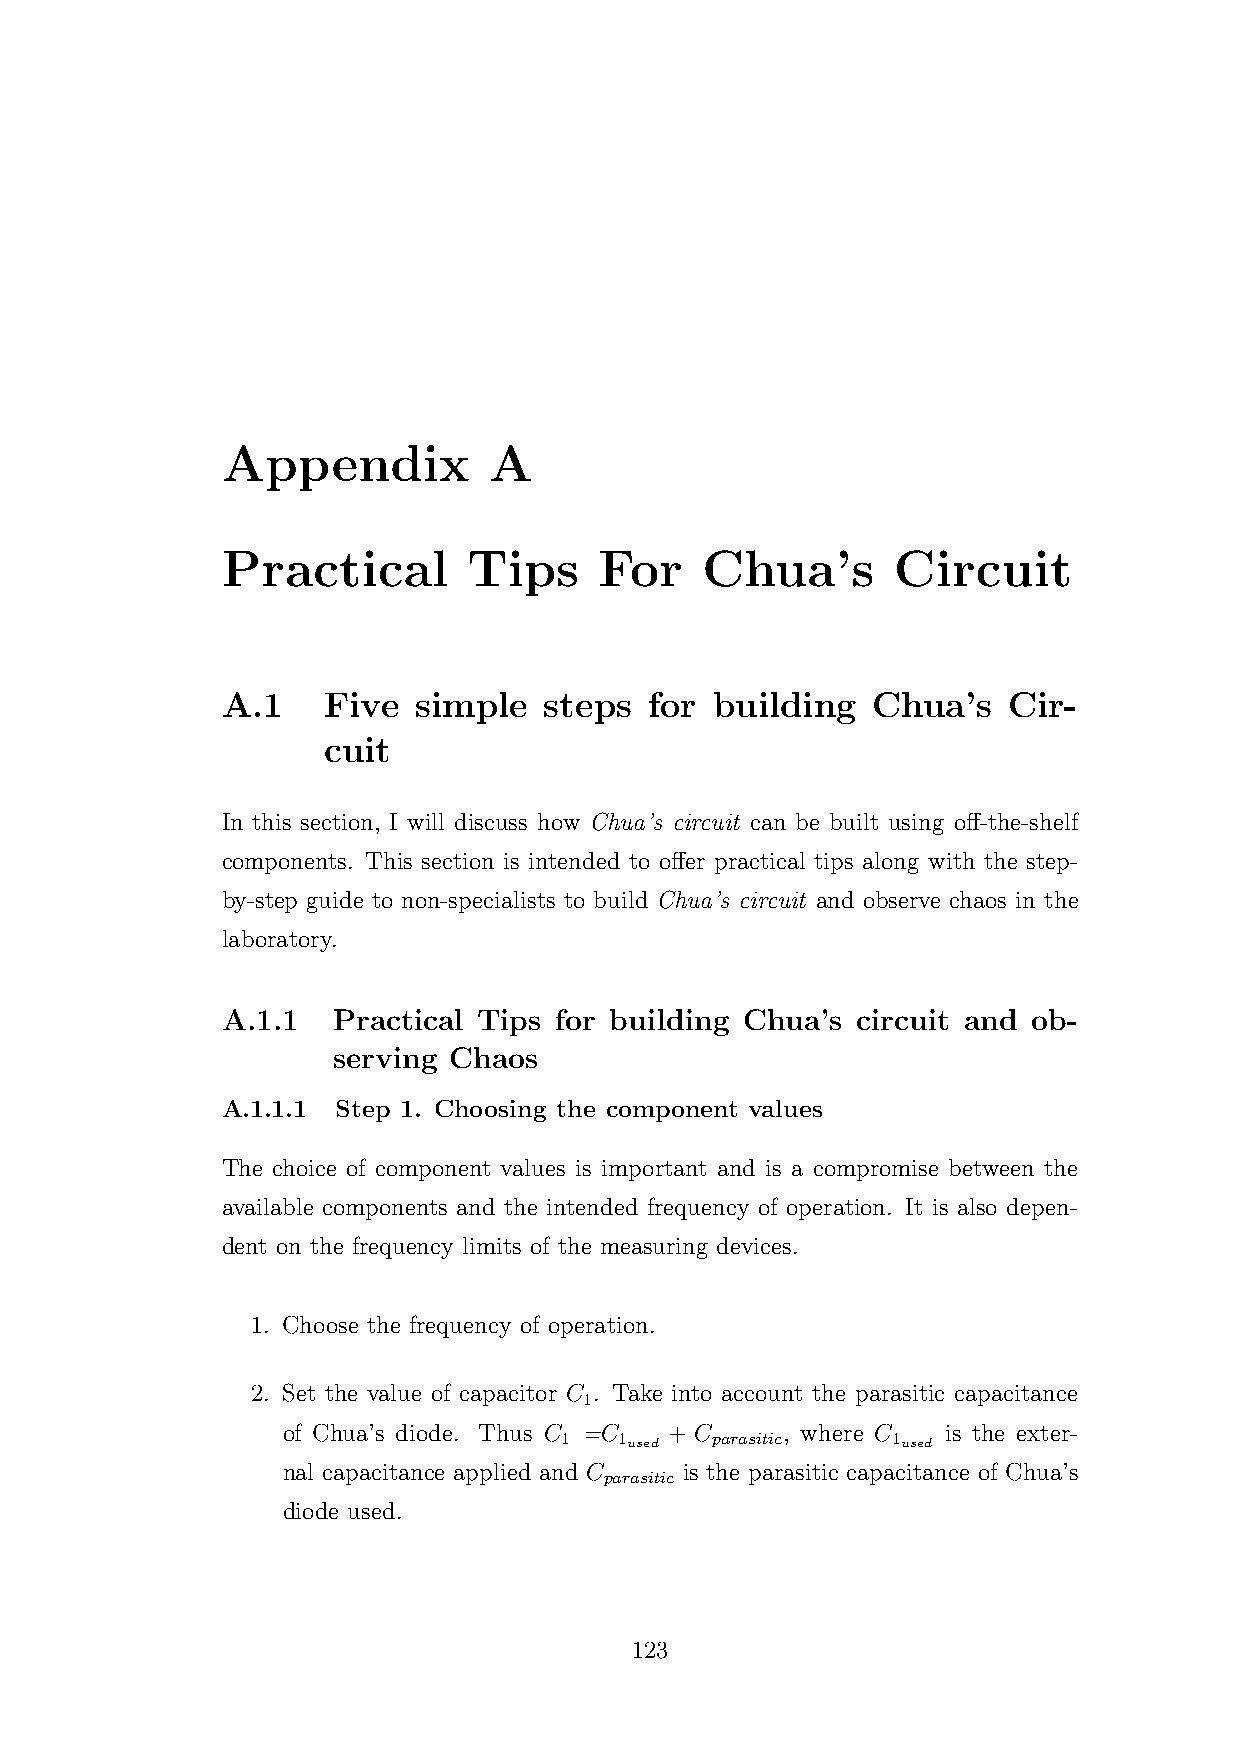
Appendix         A
 Practical       Tips     For   Chua’s       Circuit
 A.1   Five  simple   steps  for building   Chua’s   Cir-
 cuit
 In this section, I will discuss how Chua’s circuit can be built using off-the-shelf
 components. This section is intended to offer practical tips along with the step-
 by-step guide to non-specialists to build Chua’s circuit and observe chaos in the
 laboratory.
 A.1.1  Practical Tips for building Chua’s circuit and ob-
 serving Chaos
 A.1.1.1 Step 1. Choosing the component values
 The choice of component values is important and is a compromise between the
 available components and the intended frequency of operation. It is also depen-
 dent on the frequency limits of the measuring devices.
 1. Choose the frequency of operation.
 2. Set the value of capacitor C . Take into account the parasitic capacitance
 1
 of Chua’s diode. Thus C =C + C   , where C  is the exter-
 1   1     parasitic   1
 used               used
 nal capacitance applied and C is the parasitic capacitance of Chua’s
 parasitic
 diode used.
 123